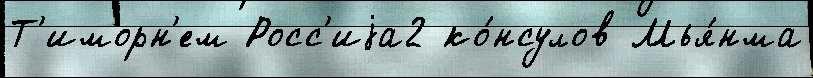
Т'иморн'ем Росс'иjа2 ко́нсулов Мья́нма